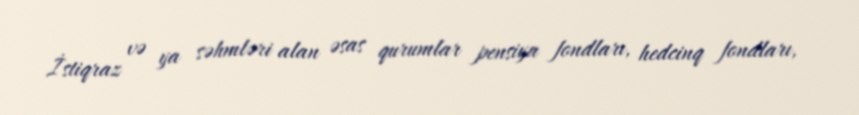
İstiqraz və ya səhmləri alan əsas qurumlar pensiya fondları, hedcinq fondları,